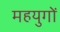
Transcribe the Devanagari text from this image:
महयुगों